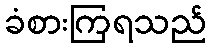
ခံစားကြရသည်